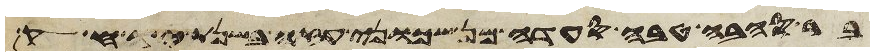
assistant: יבק עד בני עמון כי עז גבול בני עמון ויקח